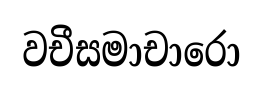
වචීසමාචාරො